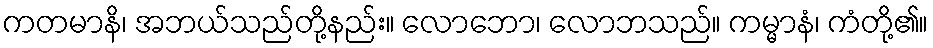
ကတမာနိ၊ အဘယ်သည်တို့နည်း။ လောဘော၊ လောဘသည်။ ကမ္မာနံ၊ ကံတို့၏။